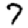
Digit: 7